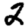
Digit: 2